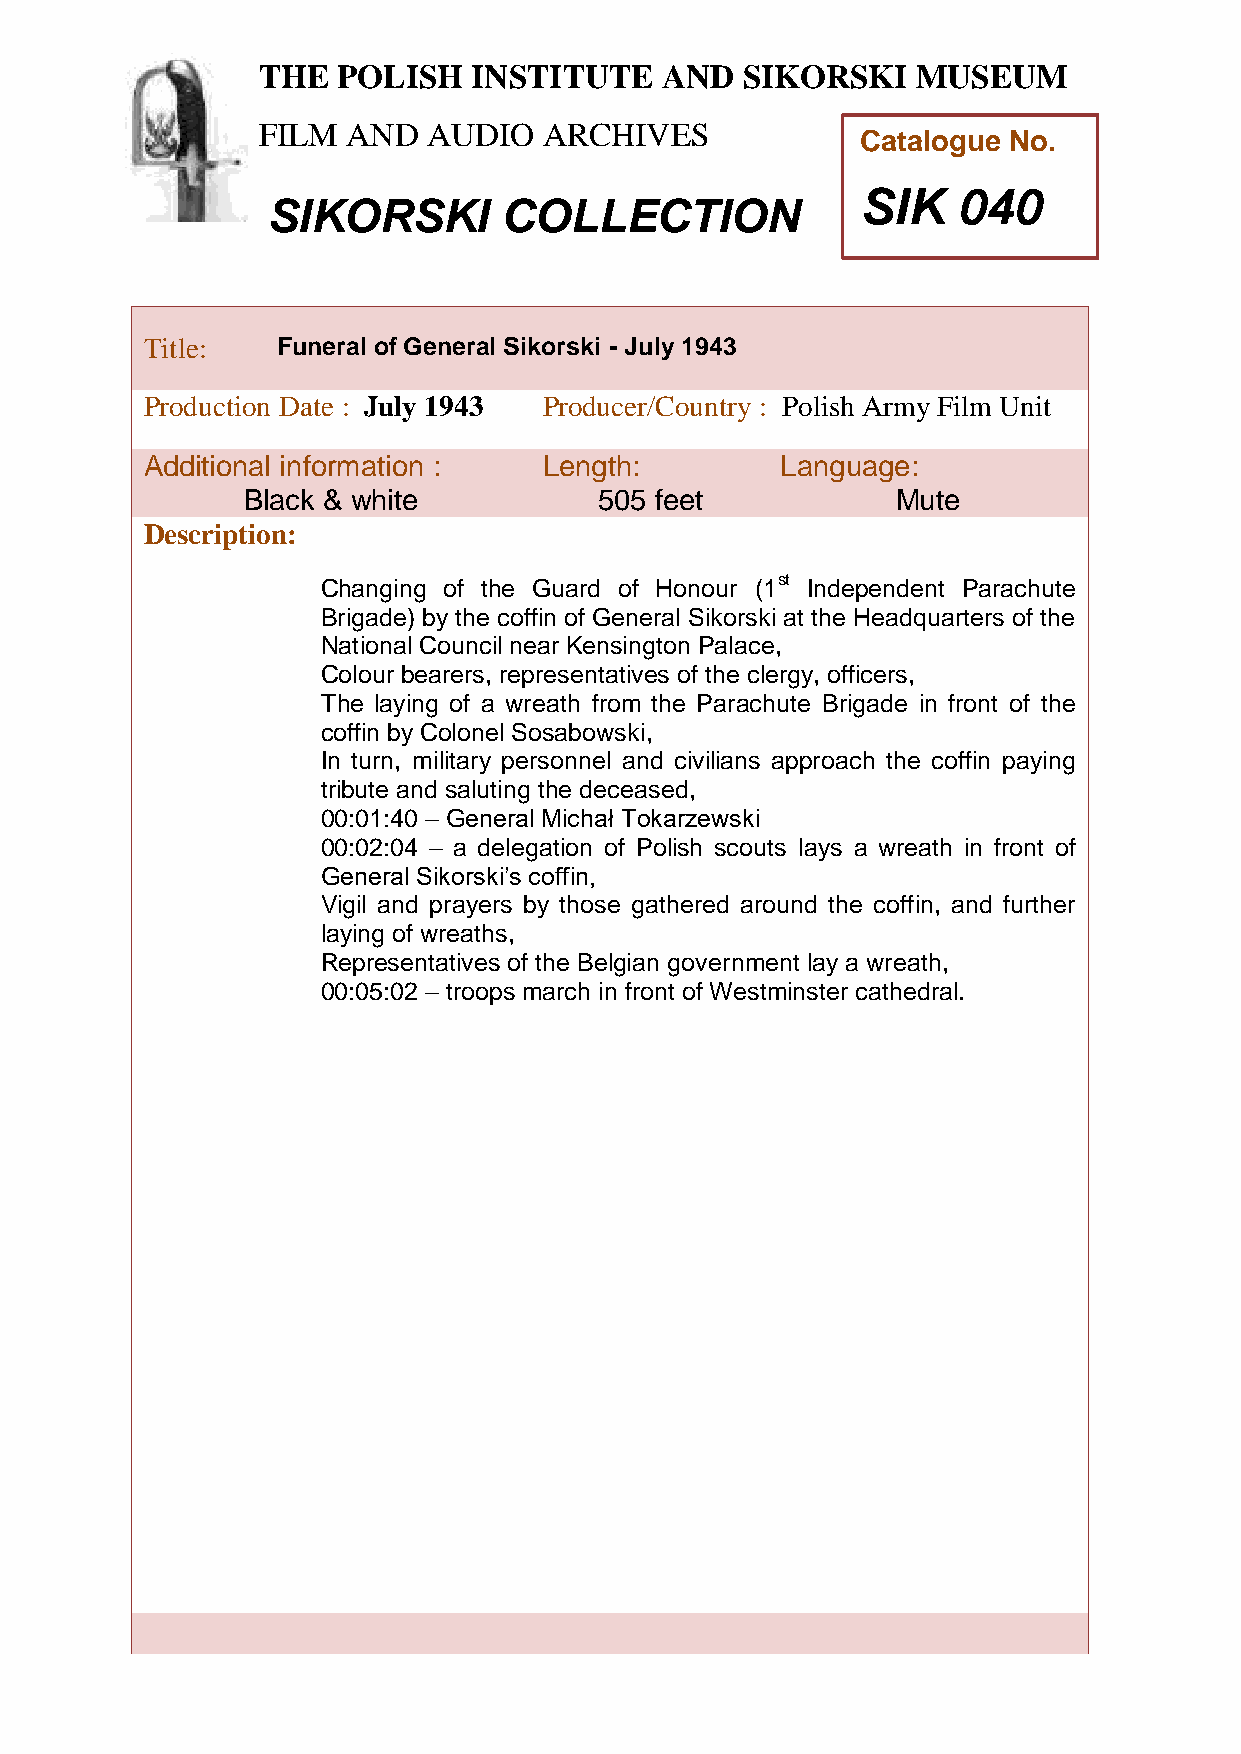
THE  POLISH   INSTITUTE    AND  SIKORSKI    MUSEUM
 FILM  AND  AUDIO   ARCHIVES
 Catalogue No.
 SIK   040
 SIKORSKI       COLLECTION
 TTitle:     Funeral of General Sikorski - July 1943
 h
 Production Date : July 1943 Producer/Country : Polish Army Film Unit
 e
 Additional information :   Length:         Language:
 P
 Black & white           505 feet           Mute
 o
 l
 Descriptioni:
 s
 Changing of the Guard of Honour (1st Independent Parachute
 h
 Br igade) by the coffin of General Sikorski at the Headquarters of the
 I
 National Council near Kensington Palace,
 n
 Colour bearers, representatives of the clergy, officers,
 The laysing of a wreath from the Parachute Brigade in front of the
 t
 coffin by Coilonel Sosabowski,
 t
 In turn, military personnel and civilians approach the coffin paying
 u
 tribute and saluting the deceased,
 t
 00:01:40 – General Michał Tokarzewski
 e
 00:02:04 – a delega tion of Polish scouts lays a wreath in front of
 General Sikorski’s cofafin,
 Vigil and prayers by those gathered around the coffin, and further
 n
 laying of wreaths,
 d
 Representatives of the Belgia n government lay a wreath,
 00:05:02 – troops march in front of Westminster cathedral.
 S
 i
 k
 o
 r
 s
 k
 i
 M
 u
 s
 e
 u
 m